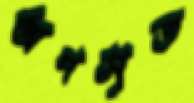
অপসৃত